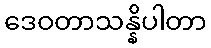
ဒေဝတာသန္နိပါတာ